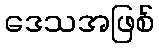
ဒေသအဖြစ်